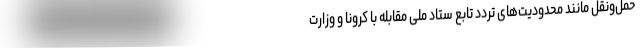
حمل‌ونقل مانند محدودیت‌های تردد تابع ستاد ملی مقابله با کرونا و وزارت